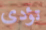
تؤدى